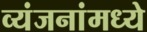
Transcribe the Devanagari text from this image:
व्यंजनांमध्ये